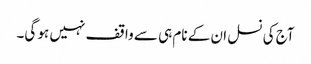
آج کی نسل ان کے نام ہی سے واقف نہیں ہو گی۔